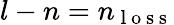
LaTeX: l-n=n_{\mathrm{~l~o~s~s~}}